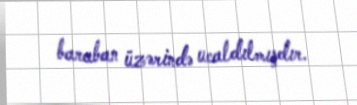
baraban üzərində ucaldılmışdır.